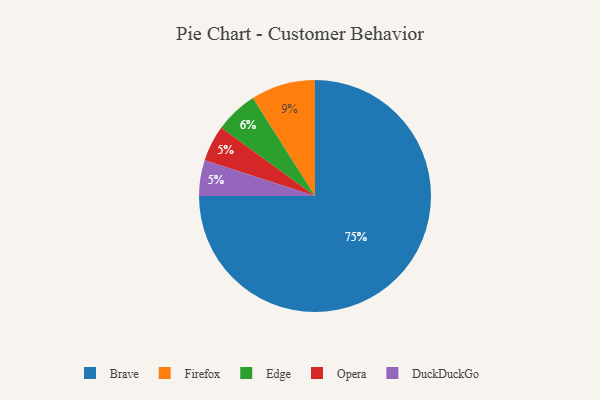
{"axis": {"x": "Category", "y": "Percentage"}, "legend": ["Brave", "DuckDuckGo", "Edge", "Firefox", "Opera"], "data": [{"x": "Firefox", "y": 9, "type": "Firefox"}, {"x": "Opera", "y": 5, "type": "Opera"}, {"x": "Brave", "y": 75, "type": "Brave"}, {"x": "Edge", "y": 6, "type": "Edge"}, {"x": "DuckDuckGo", "y": 5, "type": "DuckDuckGo"}]}